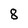
Character: 8